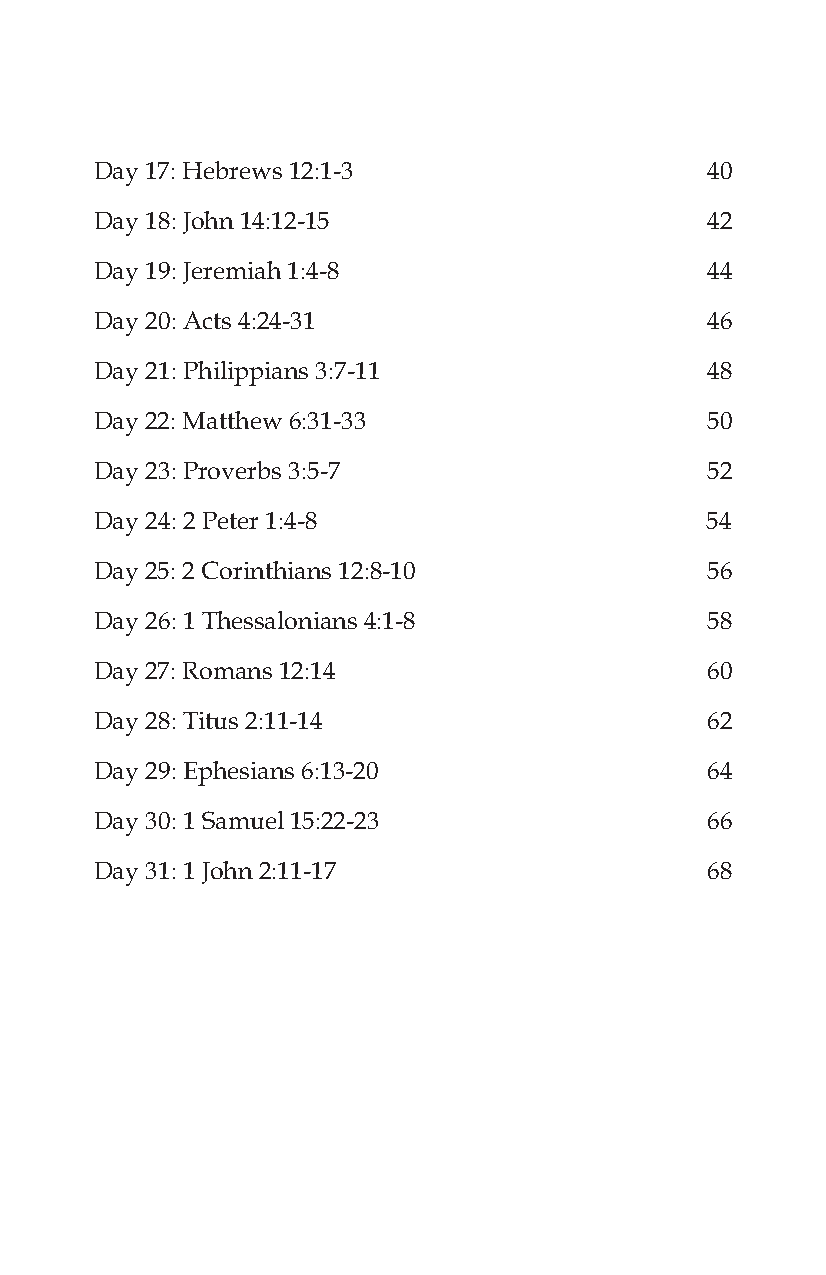
Day 17: Hebrews 12:1-3                   40
 Day 18: John 14:12-15                    42
 Day 19: Jeremiah 1:4-8                   44
 Day 20: Acts 4:24-31                     46
 Day 21: Philippians 3:7-11               48
 Day 22: Matthew 6:31-33                  50
 Day 23: Proverbs 3:5-7                   52
 Day 24: 2 Peter 1:4-8                    54
 Day 25: 2 Corinthians 12:8-10            56
 Day 26: 1 Thessalonians 4:1-8            58
 Day 27: Romans 12:14                     60
 Day 28: Titus 2:11-14                    62
 Day 29: Ephesians 6:13-20                64
 Day 30: 1 Samuel 15:22-23                66
 Day 31: 1 John 2:11-17                   68